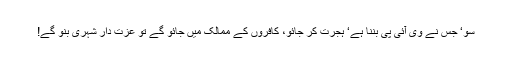
سو‘ جس نے وی آئی پی بننا ہے‘ ہجرت کر جائو، کافروں کے ممالک میں جائو گے تو عزت دار شہری بنو گے!